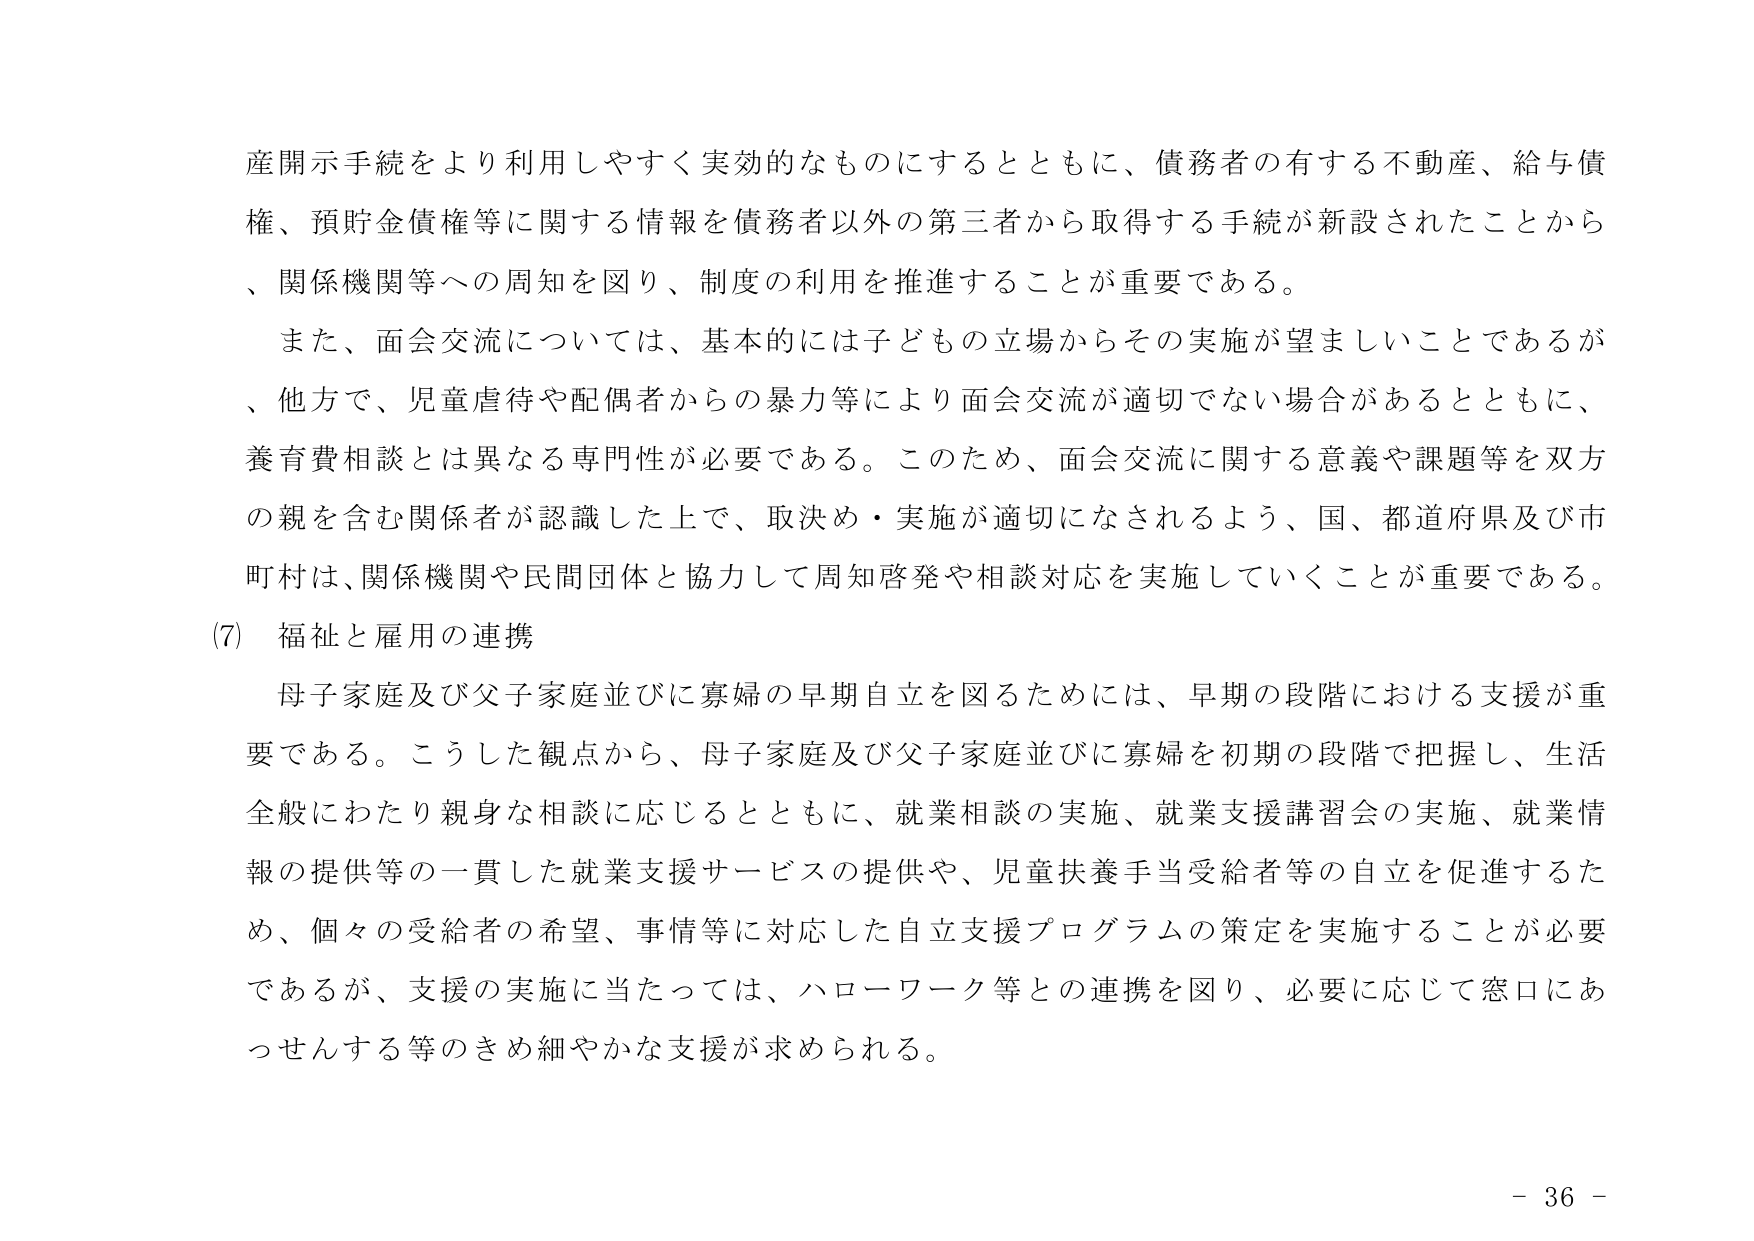
産開示手続をより利用しやすく実効的なものにするとともに、債務者の有する不動産、給与債権、預貯金債権等に関する情報を債務者以外の第三者から取得する手続が新設されたことから、関係機関等への周知を図り、制度の利用を推進することが重要である。

また、面会交流については、基本的には子どもの立場からその実施が望ましいことであるが、他方で、児童虐待や配偶者からの暴力等により面会交流が適切でない場合があるとともに、養育費相談とは異なる専門性が必要である。このため、面会交流に関する意義や課題等を双方の親を含む関係者が認識した上で、取決め・実施が適切になされるよう、国、都道府県及び市町村は、関係機関や民間団体と協力して周知啓発や相談対応を実施していくことが重要である。

(7) 福祉と雇用の連携

母子家庭及び父子家庭並びに寡婦の早期自立を図るためには、早期の段階における支援が重要である。こうした観点から、母子家庭及び父子家庭並びに寡婦を初期の段階で把握し、生活全般にわたり親身な相談に応じるとともに、就業相談の実施、就業支援講習会の実施、就業情報の提供等の一貫した就業支援サービスの提供や、児童扶養手当受給者等の自立を促進するため、個々の受給者の希望、事情等に対応した自立支援プログラムの策定を実施することが必要であるが、支援の実施に当たっては、ハローワーク等との連携を図り、必要に応じて窓口にあっせんする等のきめ細やかな支援が求められる。

- 36 -